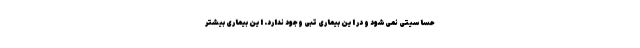
حساسیتی نمی‌شود و در این‌ بیماری‌ تبی‌ وجود ندارد. این بیماری بیشتر